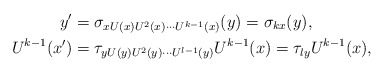
\begin{align*}y'&= \sigma_{x U(x) U^2(x) \cdots U^{k-1}(x)}(y) = \sigma_{kx}(y),\\U^{k-1}(x') &= \tau_{y U(y) U^2(y) \cdots U^{l-1}(y)}U^{k-1}(x) = \tau_{ly}U^{k-1}(x),\end{align*}